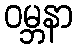
ဝမ္ဘနာ